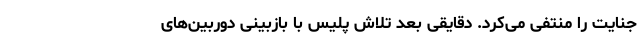
جنایت را منتفی می‌کرد. دقایقی بعد تلاش پلیس با بازبینی دوربین‌های